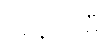
အနာဂါမီ